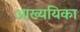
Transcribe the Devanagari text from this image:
आख्ययिका